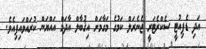
އަދި ޑެޕިއުޓީ ސެކްރެޓަރީ ޖެނެރަލް ކަމުގެ މަގާމަށް އިޤުބާލް އާދަމް އައްޔަން ކުރައްވައިފިއެވެ.